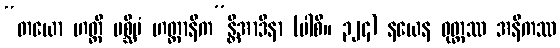
“တယော ဟတ္ထီ ပစ္ဆိမံ ဟတ္ထာနီက”န္တိအာဒိနာ (ပါစိ။ ၃၂၄) နယေန ဝုတ္တဿ အနီကဿ